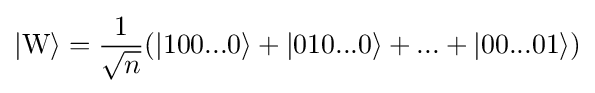
|\mathrm {W} \rangle ={\frac {1}{\sqrt {n}}}(|100...0\rangle +|010...0\rangle +...+|00...01\rangle )